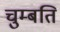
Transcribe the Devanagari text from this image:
चुम्बति